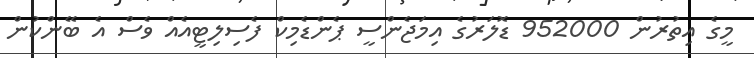
މީގެ އިތުރުން 952000 ޑޮލަރުގެ އިމަޖެންސީ ޕެންޑެމިކް ފެސިލިޓީއެއް ވެސް އެ ބޭންކުން